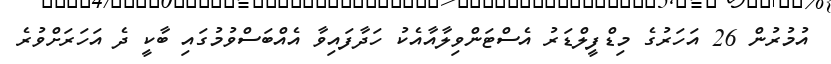
އުމުރުން 26 އަހަރުގެ މިޑްފީލްޑަރު އެސްޓަންވިލާއާއެކު ހަދާފައިވާ އެއްބަސްވުމުގައި ބާކީ ދެ އަހަރަށްވުރެ